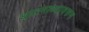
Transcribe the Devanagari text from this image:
घाटमाथ्यावरुन